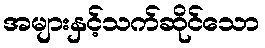
အများနှင့်သက်ဆိုင်သော